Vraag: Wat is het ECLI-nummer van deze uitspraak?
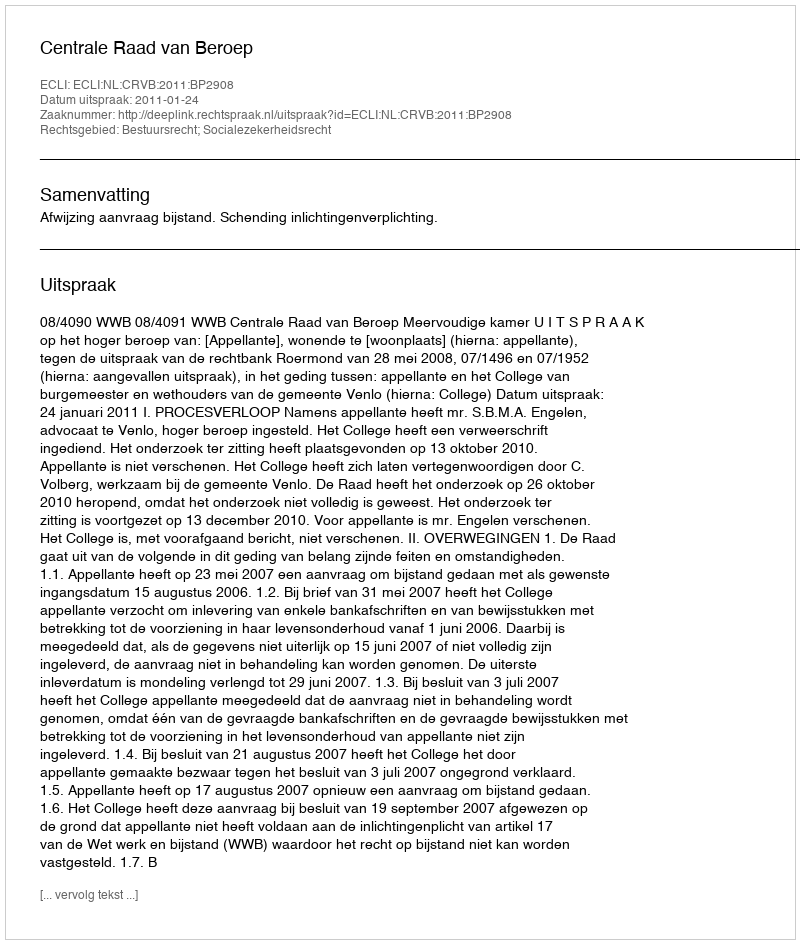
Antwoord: ECLI:NL:CRVB:2011:BP2908